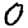
Digit: 0